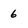
Character: 6